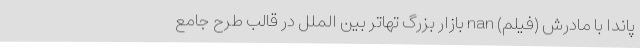
پاندا با مادرش (فیلم) nan بازار بزرگ تهاتر بین الملل در قالب طرح جامع